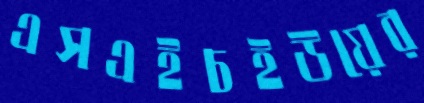
এসএইচইউয়ের